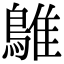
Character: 鵻